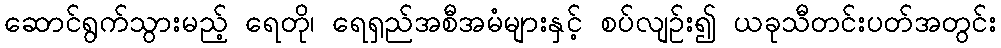
ဆောင်ရွက်သွားမည့် ရေတို၊ ရေရှည်အစီအမံများနှင့် စပ်လျဉ်း၍ ယခုသီတင်းပတ်အတွင်း